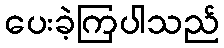
ပေးခဲ့ကြပါသည်